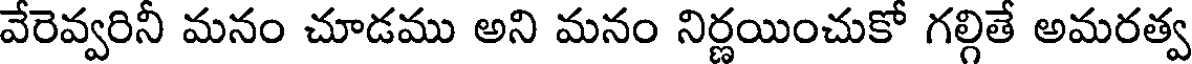
వేరెవ్వరినీ మనం చూడము అని మనం నిర్ణయించుకో గల్గితే అమరత్వ